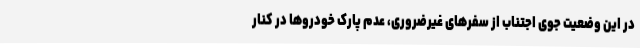
در این وضعیت جوی اجتناب از سفرهای غیرضروری، عدم پارک خودروها در کنار